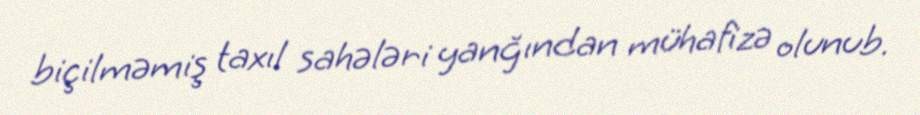
biçilməmiş taxıl sahələri yanğından mühafizə olunub.